画像に写った文字を読んでください
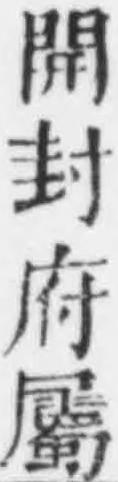
「開封府屬」と書いてあります